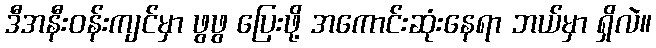
ဒီအနီးဝန်းကျင်မှာ ဖွဖွ ပြေးဖို့ အကောင်းဆုံးနေရာ ဘယ်မှာ ရှိလဲ။